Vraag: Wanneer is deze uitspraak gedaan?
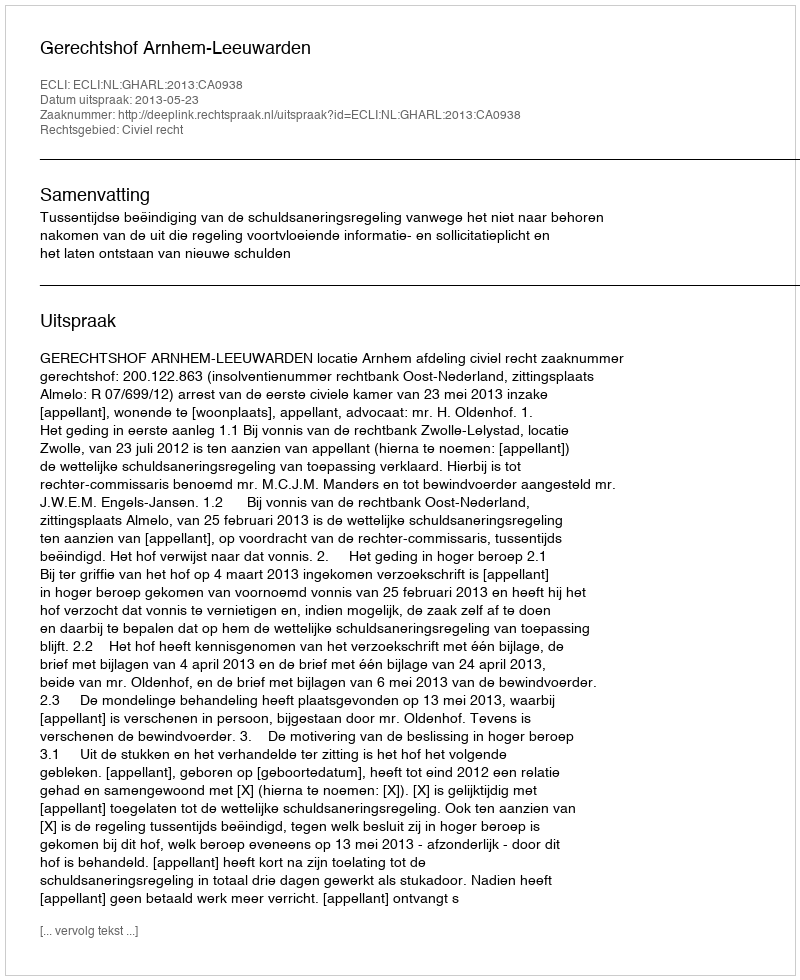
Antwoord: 2013-05-23